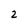
Character: 2